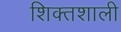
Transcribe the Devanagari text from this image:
शिक्तशाली